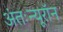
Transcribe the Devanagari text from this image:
अंतःन्यूरॉन